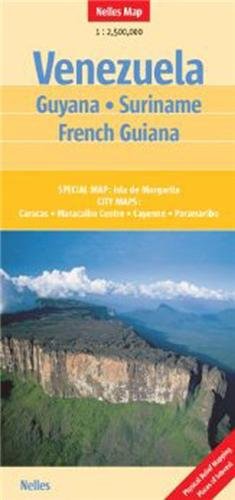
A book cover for Venezuela Guyana, Suriname, French Guiana; Nelles Verlag GmbH; Travel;